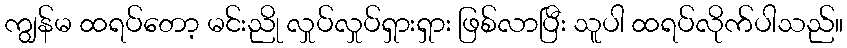
ကျွန်မ ထရပ်တော့ မင်းညို လှုပ်လှုပ်ရှားရှား ဖြစ်လာပြီး သူပါ ထရပ်လိုက်ပါသည်။